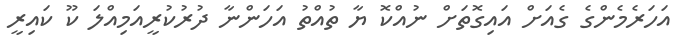
އަހަރެމެންގެ ގެއަށް އައިގޮތަށް ނުއްކޮ ޔާ ތުުއްތު އަހަންނާ ދުރުކުރީއަމިއްލަ ކޫ ކައިރީ